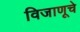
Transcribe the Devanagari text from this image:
विजाणूचे